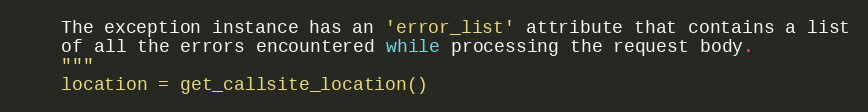
Language: Python
    The exception instance has an 'error_list' attribute that contains a list
    of all the errors encountered while processing the request body.
    """
    location = get_callsite_location()